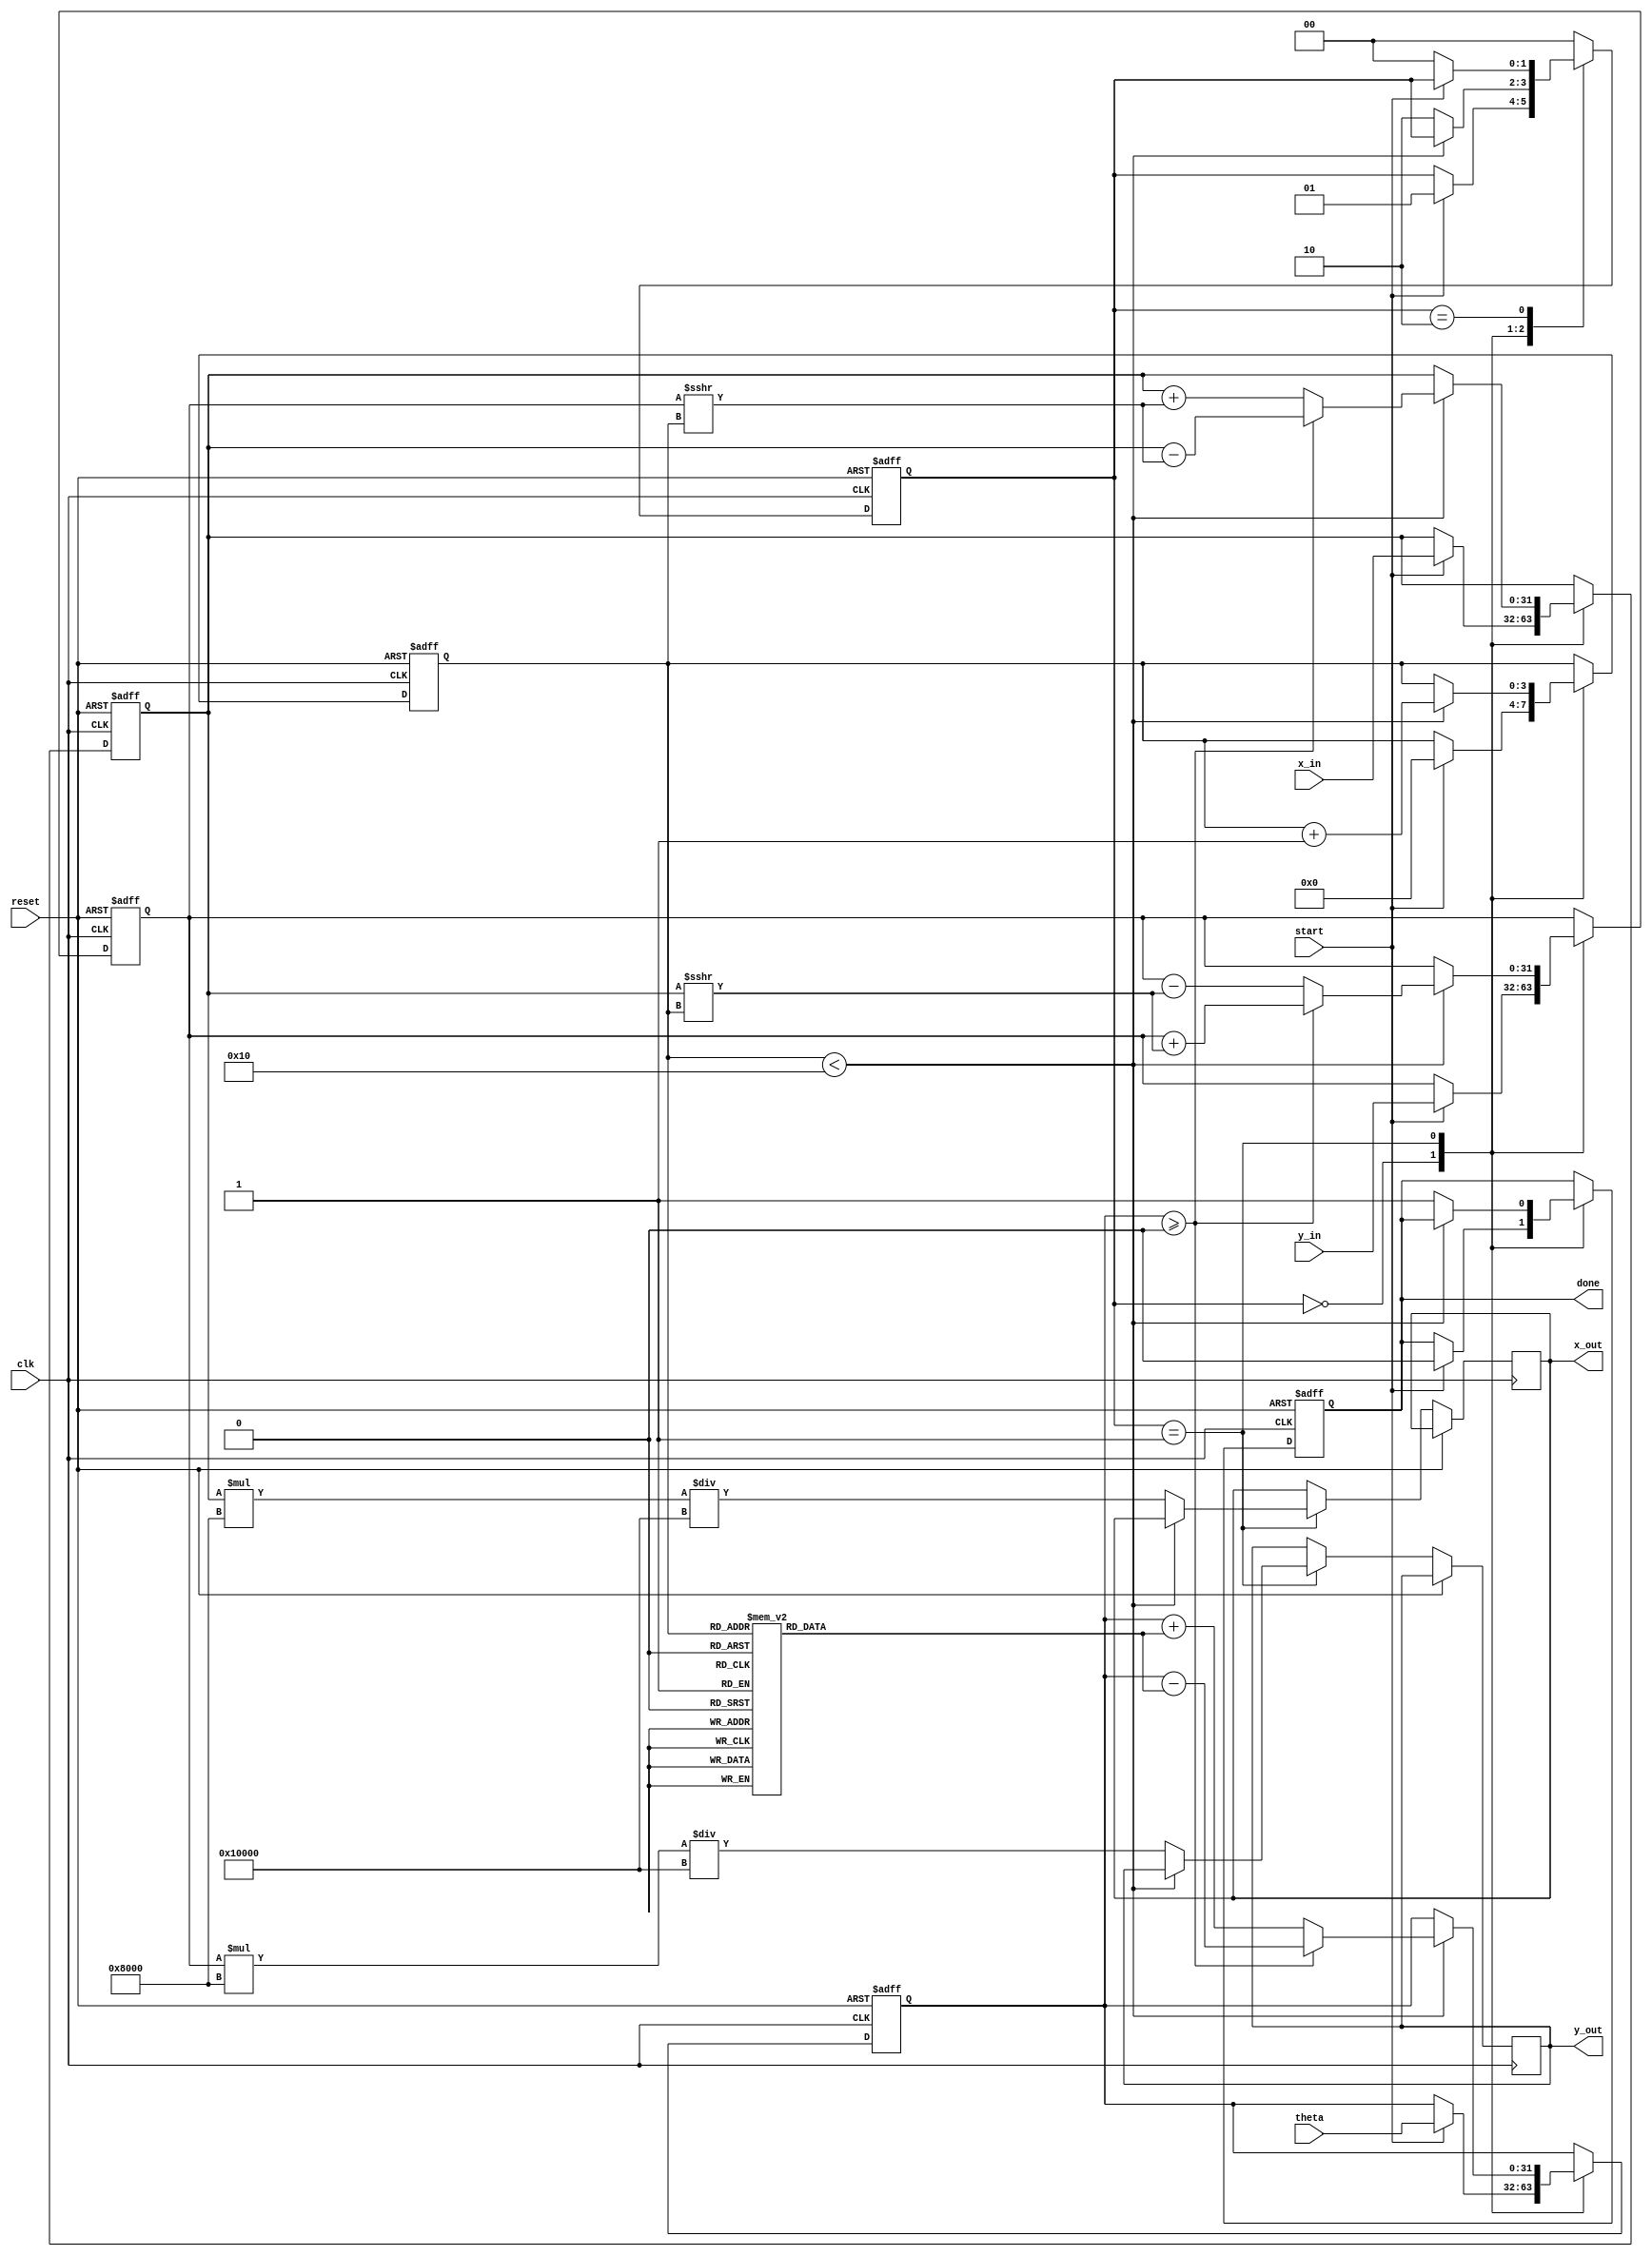
module cordic (
    input wire signed [31:0] theta,      // Input angle in radians (or degrees)
    input wire signed [31:0] x_in,       // Input x-coordinate
    input wire signed [31:0] y_in,       // Input y-coordinate
    input wire start,                    // Signal to initiate CORDIC computation
    input wire clk,                      // Clock signal
    input wire reset,                    // Asynchronous reset
    output reg signed [31:0] x_out,      // Output x-coordinate after rotation
    output reg signed [31:0] y_out,      // Output y-coordinate after rotation
    output reg done                      // Signal indicating computation completion
);

    // Parameters
    parameter MAX_ITER = 16;             // Maximum number of iterations
    parameter ANGLE_WIDTH = 32;          // Width of angle representation
    parameter FIXED_POINT_SCALE = 32768; // Scaling factor for fixed point (2^15)

    // Internal Registers
    reg signed [31:0] x_reg, y_reg;      // Current x and y coordinates
    reg signed [ANGLE_WIDTH-1:0] theta_reg; // Current angle
    reg [3:0] iteration_count;            // Counter for iterations
    reg [1:0] state;                      // State machine for control
    reg [ANGLE_WIDTH-1:0] angle_table [0:MAX_ITER-1]; // Pre-computed angle table

    // State Definitions
    localparam IDLE = 2'b00;
    localparam PROCESS = 2'b01;
    localparam DONE = 2'b10;

    // Initialization of angle table
    initial begin
        angle_table[0] = 32'd16384;  // atan(2^-0) in fixed-point
        angle_table[1] = 32'd8192;   // atan(2^-1)
        angle_table[2] = 32'd4096;   // atan(2^-2)
        angle_table[3] = 32'd2048;   // atan(2^-3)
        angle_table[4] = 32'd1024;   // atan(2^-4)
        angle_table[5] = 32'd512;    // atan(2^-5)
        angle_table[6] = 32'd256;    // atan(2^-6)
        angle_table[7] = 32'd128;    // atan(2^-7)
        angle_table[8] = 32'd64;     // atan(2^-8)
        angle_table[9] = 32'd32;     // atan(2^-9)
        angle_table[10] = 32'd16;    // atan(2^-10)
        angle_table[11] = 32'd8;     // atan(2^-11)
        angle_table[12] = 32'd4;     // atan(2^-12)
        angle_table[13] = 32'd2;     // atan(2^-13)
        angle_table[14] = 32'd1;     // atan(2^-14)
        angle_table[15] = 32'd0;     // atan(2^-15)
    end

    // State Machine and CORDIC Algorithm
    always @(posedge clk or posedge reset) begin
        if (reset) begin
            x_reg <= 0;
            y_reg <= 0;
            theta_reg <= 0;
            iteration_count <= 0;
            state <= IDLE;
            done <= 0;
        end else begin
            case (state)
                IDLE: begin
                    if (start) begin
                        x_reg <= x_in;
                        y_reg <= y_in;
                        theta_reg <= theta;
                        iteration_count <= 0;
                        done <= 0;
                        state <= PROCESS;
                    end
                end

                PROCESS: begin
                    if (iteration_count < MAX_ITER) begin
                        // Determine rotation direction
                        if (theta_reg >= 0) begin
                            x_reg <= x_reg - (y_reg >>> iteration_count);
                            y_reg <= y_reg + (x_reg >>> iteration_count);
                            theta_reg <= theta_reg - angle_table[iteration_count];
                        end else begin
                            x_reg <= x_reg + (y_reg >>> iteration_count);
                            y_reg <= y_reg - (x_reg >>> iteration_count);
                            theta_reg <= theta_reg + angle_table[iteration_count];
                        end
                        iteration_count <= iteration_count + 1;
                    end else begin
                        // Finished iterations
                        x_out <= x_reg * FIXED_POINT_SCALE / (1 << MAX_ITER);
                        y_out <= y_reg * FIXED_POINT_SCALE / (1 << MAX_ITER);
                        done <= 1;
                        state <= DONE;
                    end
                end

                DONE: begin
                    if (!start) begin
                        state <= IDLE; // Go back to IDLE on start signal low
                    end
                end

                default: state <= IDLE;
            endcase
        end
    end

endmodule